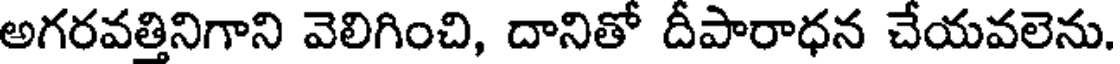
అగరవత్తినిగాని వెలిగించి, దానితో దీపారాధన చేయవలెను